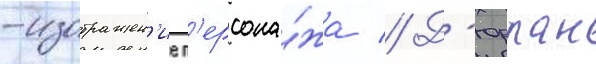
-изображен'ие п'ерсона́жа // Д'юрран